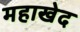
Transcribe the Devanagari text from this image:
महाखेद